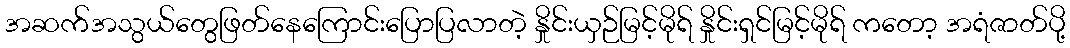
အဆက်အသွယ်တွေဖြတ်နေကြောင်းပြောပြလာတဲ့ နှိုင်းယှဉ်မြင့်မိုရ် နှိုင်းရှင်မြင့်မိုရ် ကတော့ အရံဇာတ်ပို့